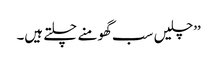
’’چلیں سب گھومنے چلتے ہیں۔